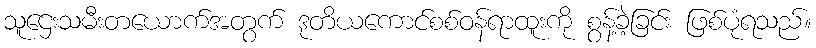
သူဌေးသမီးတယောက်အတွက် ဒုတိယကောင်စစ်ဝန်ရာထူးကို စွန့်ခဲ့ခြင်း ဖြစ်ပုံရသည်။